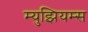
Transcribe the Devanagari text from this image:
म्‍युझियम्‍स